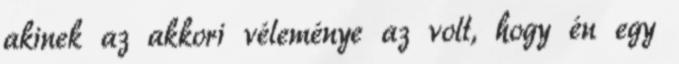
akinek az akkori véleménye az volt, hogy én egy